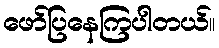
ဖော်ပြနေကြပါတယ်။